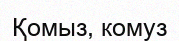
Қомыз, комуз